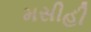
મસીહી